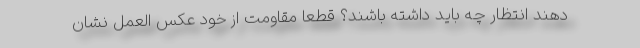
دهند انتظار چه باید داشته باشند؟ قطعا مقاومت از خود عکس العمل نشان